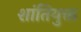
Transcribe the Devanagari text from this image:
शांतियुक्त